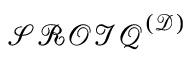
{ \mathcal { S R O I Q } } ^ { \mathcal { ( D ) } }